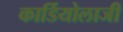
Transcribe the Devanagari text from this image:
कार्डियोलाजी